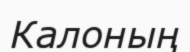
Калоның